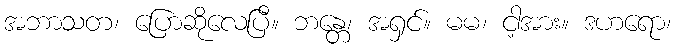
အဘာသတ၊ ပြောဆိုလေပြီ။ ဘန္တေ၊ အရှင်။ မမ၊ ငါ့အား။ ဒဟရော၊